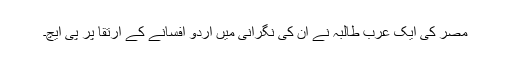
مصر کی ایک عرب طالبہ نے ان کی نگرانی میں اردو افسانے کے ارتقا پر پی ایچ۔